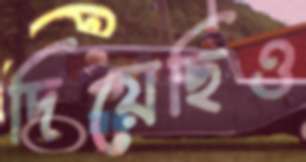
দিয়েছিও